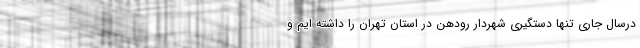
درسال جاری تنها دستگیری شهردار رودهن در استان تهران را داشته ایم و